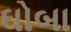
ઘોબા